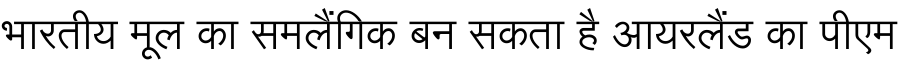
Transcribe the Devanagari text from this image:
भारतीय मूल का समलैंगिक बन सकता है आयरलैंड का पीएम